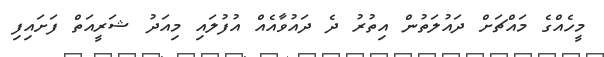
މީހެއްގެ މައްޗަށް ދައުލަތުން އިތުރު ދެ ދައުވާއެއް އުފުލައި މިއަދު ޝަރީއަތް ފަށައިފި